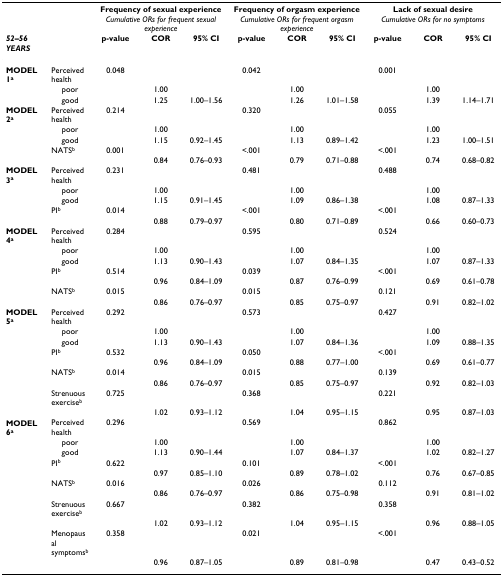
<table><thead><tr><td></td><td></td><td colspan="3"><b>Frequency of sexual experience</b></td><td colspan="3"><b>Frequency of orgasm experience</b></td><td colspan="3"><b>Lack of sexual desire</b></td></tr><tr><td></td><td></td><td colspan="3"><b><i>Cumulative ORs for frequent sexual experience</i></b></td><td colspan="3"><b><i>Cumulative ORs for frequent orgasm experience</i></b></td><td colspan="3"><b><i>Cumulative ORs for no symptoms</i></b></td></tr><tr><td><b><i>52–56 YEARS</i></b></td><td></td><td><b>p-value</b></td><td><b>COR</b></td><td><b>95% CI</b></td><td><b>p-value</b></td><td><b>COR</b></td><td><b>95% CI</b></td><td><b>p-value</b></td><td><b>COR</b></td><td><b>95% CI</b></td></tr></thead><tbody><tr><td><b>MODEL 1</b><sup><b>a</b></sup></td><td>Perceived health</td><td>0.048</td><td></td><td></td><td>0.042</td><td></td><td></td><td>0.001</td><td></td><td></td></tr><tr><td></td><td>poor</td><td></td><td>1.00</td><td></td><td></td><td>1.00</td><td></td><td></td><td>1.00</td><td></td></tr><tr><td></td><td>good</td><td></td><td>1.25</td><td>1.00–1.56</td><td></td><td>1.26</td><td>1.01–1.58</td><td></td><td>1.39</td><td>1.14–1.71</td></tr><tr><td><b>MODEL 2</b><sup><b>a</b></sup></td><td>Perceived health</td><td>0.214</td><td></td><td></td><td>0.320</td><td></td><td></td><td>0.055</td><td></td><td></td></tr><tr><td></td><td>poor</td><td></td><td>1.00</td><td></td><td></td><td>1.00</td><td></td><td></td><td>1.00</td><td></td></tr><tr><td></td><td>good</td><td></td><td>1.15</td><td>0.92–1.45</td><td></td><td>1.13</td><td>0.89–1.42</td><td></td><td>1.23</td><td>1.00–1.51</td></tr><tr><td></td><td>NATS<sup>b</sup></td><td>0.001</td><td></td><td></td><td>&lt;.001</td><td></td><td></td><td>&lt;.001</td><td></td><td></td></tr><tr><td></td><td></td><td></td><td>0.84</td><td>0.76–0.93</td><td></td><td>0.79</td><td>0.71–0.88</td><td></td><td>0.74</td><td>0.68–0.82</td></tr><tr><td><b>MODEL 3</b><sup><b>a</b></sup></td><td>Perceived health</td><td>0.231</td><td></td><td></td><td>0.481</td><td></td><td></td><td>0.488</td><td></td><td></td></tr><tr><td></td><td>poor</td><td></td><td>1.00</td><td></td><td></td><td>1.00</td><td></td><td></td><td>1.00</td><td></td></tr><tr><td></td><td>good</td><td></td><td>1.15</td><td>0.91–1.45</td><td></td><td>1.09</td><td>0.86–1.38</td><td></td><td>1.08</td><td>0.87–1.33</td></tr><tr><td></td><td>PI<sup>b</sup></td><td>0.014</td><td></td><td></td><td>&lt;.001</td><td></td><td></td><td>&lt;.001</td><td></td><td></td></tr><tr><td></td><td></td><td></td><td>0.88</td><td>0.79–0.97</td><td></td><td>0.80</td><td>0.71–0.89</td><td></td><td>0.66</td><td>0.60–0.73</td></tr><tr><td><b>MODEL 4</b><sup><b>a</b></sup></td><td>Perceived health</td><td>0.284</td><td></td><td></td><td>0.595</td><td></td><td></td><td>0.524</td><td></td><td></td></tr><tr><td></td><td>poor</td><td></td><td>1.00</td><td></td><td></td><td>1.00</td><td></td><td></td><td>1.00</td><td></td></tr><tr><td></td><td>good</td><td></td><td>1.13</td><td>0.90–1.43</td><td></td><td>1.07</td><td>0.84–1.35</td><td></td><td>1.07</td><td>0.87–1.33</td></tr><tr><td></td><td>PI<sup>b</sup></td><td>0.514</td><td></td><td></td><td>0.039</td><td></td><td></td><td>&lt;.001</td><td></td><td></td></tr><tr><td></td><td></td><td></td><td>0.96</td><td>0.84–1.09</td><td></td><td>0.87</td><td>0.76–0.99</td><td></td><td>0.69</td><td>0.61–0.78</td></tr><tr><td></td><td>NATS<sup>b</sup></td><td>0.015</td><td></td><td></td><td>0.015</td><td></td><td></td><td>0.121</td><td></td><td></td></tr><tr><td></td><td></td><td></td><td>0.86</td><td>0.76–0.97</td><td></td><td>0.85</td><td>0.75–0.97</td><td></td><td>0.91</td><td>0.82–1.02</td></tr><tr><td><b>MODEL 5</b><sup><b>a</b></sup></td><td>Perceived health</td><td>0.292</td><td></td><td></td><td>0.573</td><td></td><td></td><td>0.427</td><td></td><td></td></tr><tr><td></td><td>poor</td><td></td><td>1.00</td><td></td><td></td><td>1.00</td><td></td><td></td><td>1.00</td><td></td></tr><tr><td></td><td>good</td><td></td><td>1.13</td><td>0.90–1.43</td><td></td><td>1.07</td><td>0.84–1.36</td><td></td><td>1.09</td><td>0.88–1.35</td></tr><tr><td></td><td>PI<sup>b</sup></td><td>0.532</td><td></td><td></td><td>0.050</td><td></td><td></td><td>&lt;.001</td><td></td><td></td></tr><tr><td></td><td></td><td></td><td>0.96</td><td>0.84–1.09</td><td></td><td>0.88</td><td>0.77–1.00</td><td></td><td>0.69</td><td>0.61–0.77</td></tr><tr><td></td><td>NATS<sup>b</sup></td><td>0.014</td><td></td><td></td><td>0.015</td><td></td><td></td><td>0.139</td><td></td><td></td></tr><tr><td></td><td></td><td></td><td>0.86</td><td>0.76–0.97</td><td></td><td>0.85</td><td>0.75–0.97</td><td></td><td>0.92</td><td>0.82–1.03</td></tr><tr><td></td><td>Strenuous exercise<sup>b</sup></td><td>0.725</td><td></td><td></td><td>0.368</td><td></td><td></td><td>0.221</td><td></td><td></td></tr><tr><td></td><td></td><td></td><td>1.02</td><td>0.93–1.12</td><td></td><td>1.04</td><td>0.95–1.15</td><td></td><td>0.95</td><td>0.87–1.03</td></tr><tr><td><b>MODEL 6</b><sup><b>a</b></sup></td><td>Perceived health</td><td>0.296</td><td></td><td></td><td>0.569</td><td></td><td></td><td>0.862</td><td></td><td></td></tr><tr><td></td><td>poor</td><td></td><td>1.00</td><td></td><td></td><td>1.00</td><td></td><td></td><td>1.00</td><td></td></tr><tr><td></td><td>good</td><td></td><td>1.13</td><td>0.90–1.44</td><td></td><td>1.07</td><td>0.84–1.37</td><td></td><td>1.02</td><td>0.82–1.27</td></tr><tr><td></td><td>PI<sup>b</sup></td><td>0.622</td><td></td><td></td><td>0.101</td><td></td><td></td><td>&lt;.001</td><td></td><td></td></tr><tr><td></td><td></td><td></td><td>0.97</td><td>0.85–1.10</td><td></td><td>0.89</td><td>0.78–1.02</td><td></td><td>0.76</td><td>0.67–0.85</td></tr><tr><td></td><td>NATS<sup>b</sup></td><td>0.016</td><td></td><td></td><td>0.026</td><td></td><td></td><td>0.112</td><td></td><td></td></tr><tr><td></td><td></td><td></td><td>0.86</td><td>0.76–0.97</td><td></td><td>0.86</td><td>0.75–0.98</td><td></td><td>0.91</td><td>0.81–1.02</td></tr><tr><td></td><td>Strenuous exercise<sup>b</sup></td><td>0.667</td><td></td><td></td><td>0.382</td><td></td><td></td><td>0.358</td><td></td><td></td></tr><tr><td></td><td></td><td></td><td>1.02</td><td>0.93–1.12</td><td></td><td>1.04</td><td>0.95–1.15</td><td></td><td>0.96</td><td>0.88–1.05</td></tr><tr><td></td><td>Menopausal symptoms<sup>b</sup></td><td>0.358</td><td></td><td></td><td>0.021</td><td></td><td></td><td>&lt;.001</td><td></td><td></td></tr><tr><td></td><td></td><td></td><td>0.96</td><td>0.87–1.05</td><td></td><td>0.89</td><td>0.81–0.98</td><td></td><td>0.47</td><td>0.43–0.52</td></tr></tbody></table>